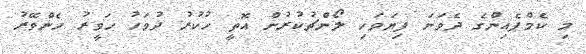
މި ކެމްޕެއިންގެ ދެވަނަ ފިޔަވަހި ލޯންޗުކުރުން އޮތީ ހުކުރު ދުވަހު ހަވީރު ހެންވޭރު